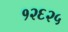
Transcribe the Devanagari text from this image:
१२६२५